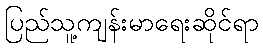
ပြည်သူ့ကျန်းမာရေးဆိုင်ရာ